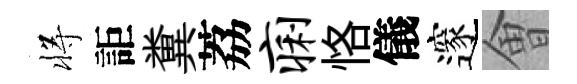
将詎糞荔痢恪儀邃㑹